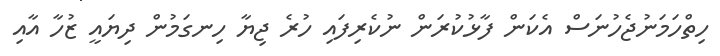
ހިތްހަމަނުޖެހުނަސް އެކަން ފާޅުކުރަން ނުކެރިފައި ހުރެ ޖިޔާ ހިނގަމުން ދިޔައީ ޒުހާ އާއި